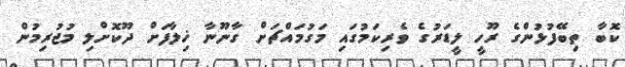
ކޮބާ ތިބޭފުޅުންގެ ރޫހީ ލީޑަރުގެ ވެރިކަމުގައި މަގުމައްޗަށް ގާނޫނާ ޚިލާފަށް ދޫކޮށްލި މުޖުރިމުން